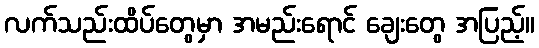
လက်သည်းထိပ်တွေမှာ အမည်းရောင် ချေးတွေ အပြည့်။